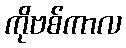
ကိုဗစ်ကာလ